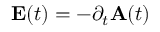
\mathbf { E } ( t ) = - \partial _ { t } \mathbf { A } ( t )